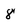
Character: 8